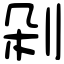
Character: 剁